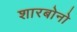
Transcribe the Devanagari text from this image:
शारबोनो